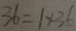
3 6 = 1 \times 3 6